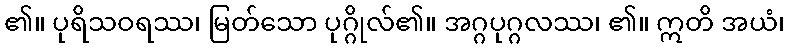
၏။ ပုရိသဝရဿ၊ မြတ်သော ပုဂ္ဂိုလ်၏။ အဂ္ဂပုဂ္ဂလဿ၊ ၏။ ဣတိ အယံ၊